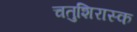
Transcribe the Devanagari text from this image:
चतुशिरास्क